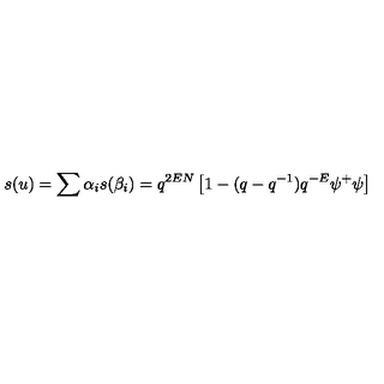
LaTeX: s ( u ) = \sum \alpha _ { i } s ( \beta _ { i } ) = q ^ { 2 E N } \left[ 1 - ( q - q ^ { - 1 } ) q ^ { - E } \psi ^ { + } \psi \right]